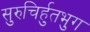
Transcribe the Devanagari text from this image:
सुरुचिर्हुतभुग